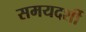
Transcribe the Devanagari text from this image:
समयदर्शी